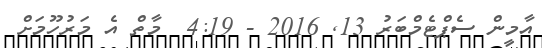
އާމީން ސެޕްޓެމްބަރު 13